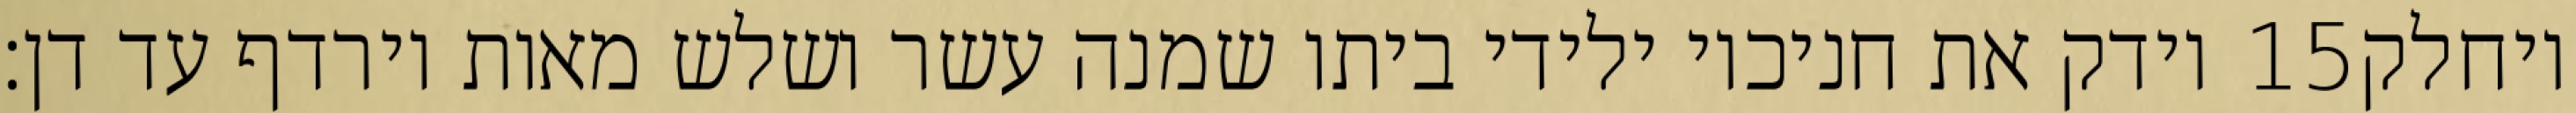
וידק את חניכיו ילידי ביתו שמנה עשר ושלש מאות וירדף עד דן׃ ‎15‏ ויחלק